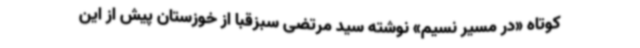
کوتاه «در مسیر نسیم» نوشته‌ سید مرتضی سبزقبا از خوزستان پیش از این